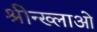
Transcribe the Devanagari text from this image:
श्रीन्ख्लाओ